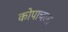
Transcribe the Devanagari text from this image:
कोपाचला